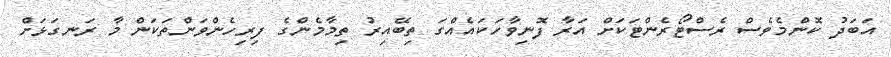
އަބަދު ކޮންމެވެސް ރެސްޓޯރެންޓަކަށް އަރާ ފޮނިވާހަކައެއްގަ ތިބޭއިރު ތިމާމެންގެ ފިރިހެންވަންތަކަން މާ ރަނގަޅަށް